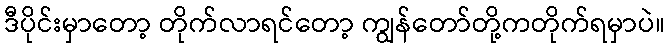
ဒီပိုင်းမှာတော့ တိုက်လာရင်တော့ ကျွန်တော်တို့ကတိုက်ရမှာပဲ။